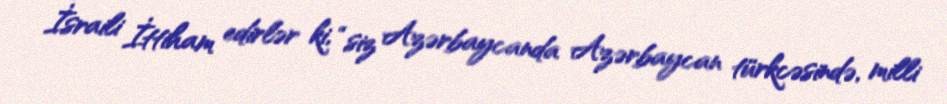
İsraili İttiham edirlər ki, “siz Azərbaycanda Azərbaycan türkcəsində, milli